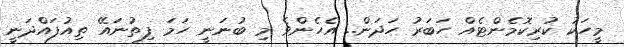
މީހަކު ކުރިކޮމެންޓެއް ހަބަރު ހަދަން.. އެހެންވެ މި ބުނަނީ ހަމަ ފިތުނައޭ ތިއުފައްދަނީ